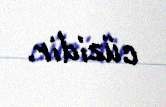
cüzidir.